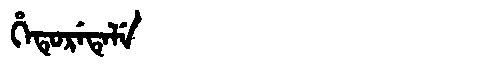
Manchu: ᡥᡝᡨᡠᡵᡝᡨᡝᠯᡝ
Romanization: HETURETELE